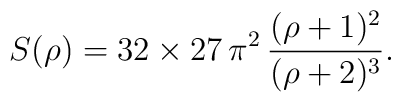
S(\rho)=32 \times 27\,\pi^2\,\frac{(\rho+1)^2}{(\rho+2)^3}.